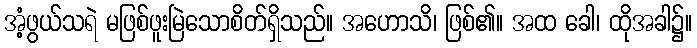
အံ့ဖွယ်သရဲ မဖြစ်ဖူးမြဲသောစိတ်ရှိသည်။ အဟောသိ၊ ဖြစ်၏။ အထ ခေါ၊ ထိုအခါ၌။